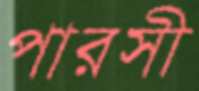
পারসী